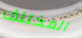
المختلف